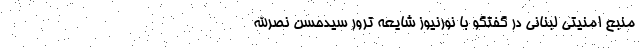
منبع امنیتی لبنانی در گفتگو با نورنیوز شایعه ترور سیدحسن نصرالله